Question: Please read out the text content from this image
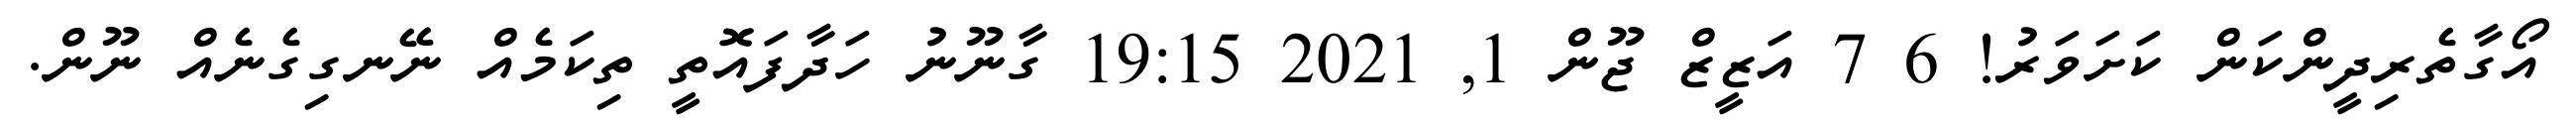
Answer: އޯގާތެރިދީންކަން ކަށަވަރު! 6 7 އަޒީޒް ޖޫން 1, 2021 19:15 ގާނޫނު ހަދާފައޮތީ ތިކަމެއް ނޭނގިގެނެއް ނޫން.